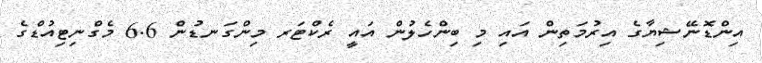
އިންޑޮނޭޝިޔާގެ އިރުމަތިން އައި މި ބިންހެލުން އައީ ރެކްޓަރ މިންގަނޑުން 6.6 މެގްނިޓިއުޑްގެ